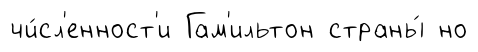
чи́сл'енност'и Гам'ильтон страны́ но